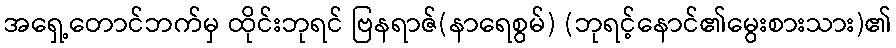
အရှေ့တောင်ဘက်မှ ထိုင်းဘုရင် ဗြနရာဇ်(နာရေစွမ်) (ဘုရင့်နောင်၏မွေးစားသား)၏